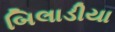
બિલાડીયા